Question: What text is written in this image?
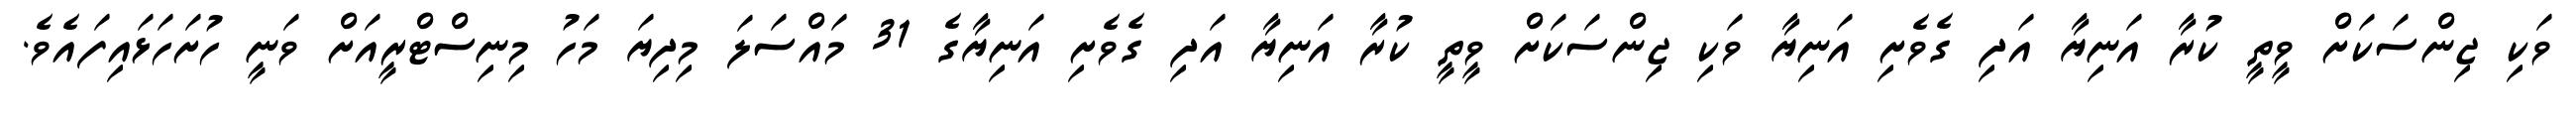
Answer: ވަކި ޖިންސަކަށް ވީތީ ކުރާ އަނިޔާ އަދި ގެވެށި އަނިޔާ ވަކި ޖިންސަކަށް ވީތީ ކުރާ އަނިޔާ އަދި ގެވެށި އަނިޔާގެ 31 މައްސަލަ މިދިޔަ މަހު މިނިސްޓްރީއަށް ވަނީ ހުށަހަޅައިފައެވެ.